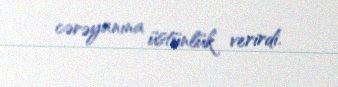
cərəyanına üstünlük verirdi.